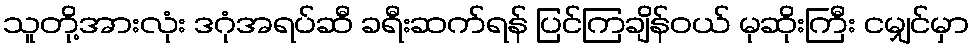
သူတို့အားလုံး ဒဂုံအရပ်ဆီ ခရီးဆက်ရန် ပြင်ကြချိန်ဝယ် မုဆိုးကြီး ငမျှင်မှာ